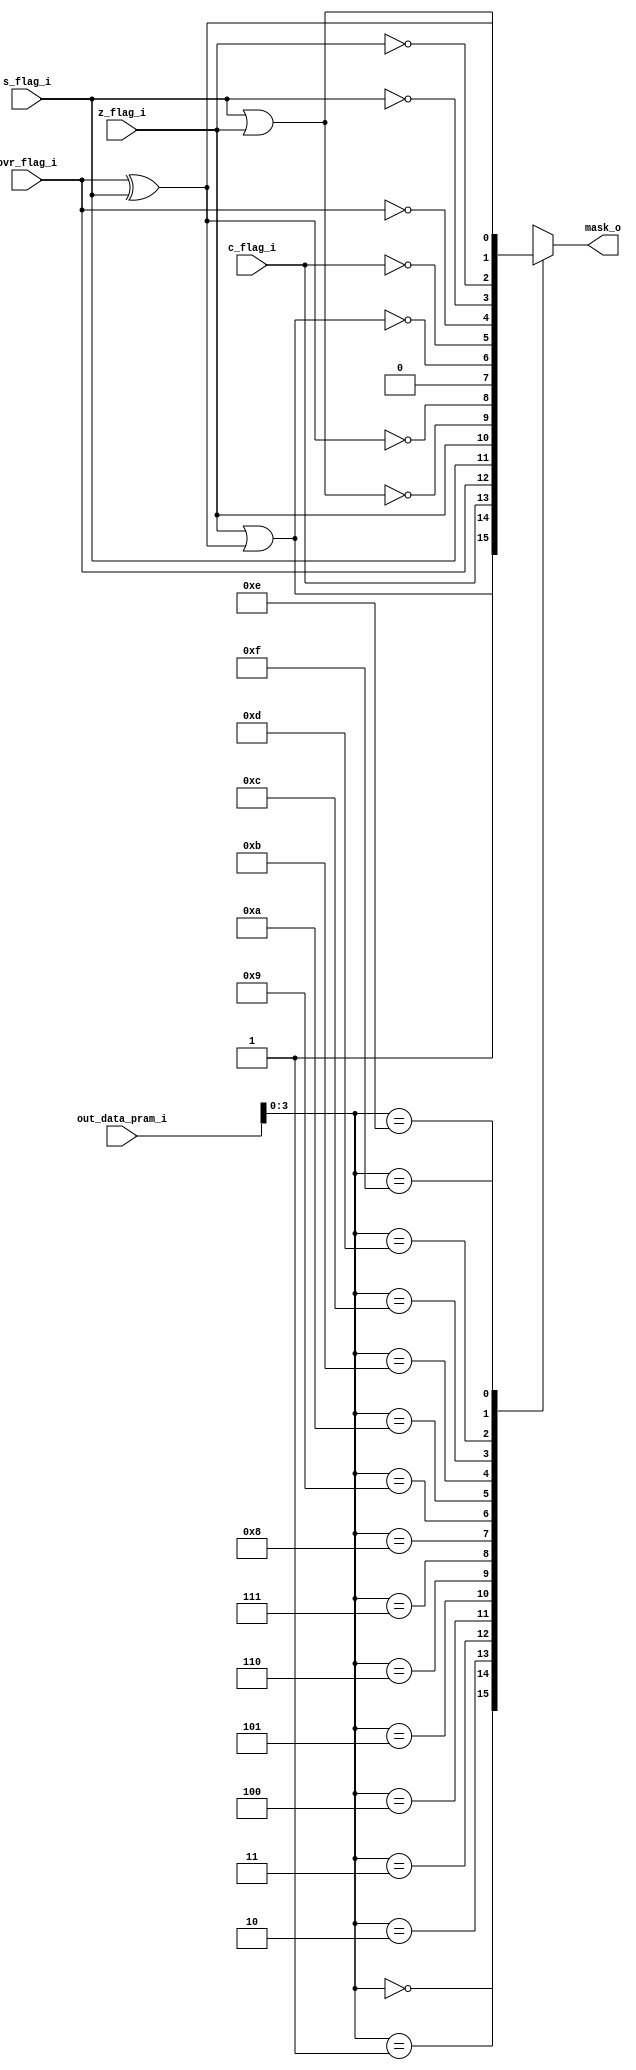
module mask_cndt #(
	parameter INSTR_WIDTH    	= 16,
	parameter JMPR_OPCODE	 	= 4
)(
	input wire [INSTR_WIDTH-1:0] out_data_pram_i,	//output data from the PRAM
	input wire 					 z_flag_i,			//zero flag 
	input wire 					 s_flag_i,			//sign flag
	input wire 					 c_flag_i,			//carry flag
	input wire 					 ovr_flag_i,		//overflow flag
	output wire 				 mask_o				//mask bit
);

//CONDITION MNEMONICS
localparam [3:0]
TRUE	= 4'b0000,
LE		= 4'b0001,
C		= 4'b0010,
OVR		= 4'b0011,
NEG		= 4'b0100,
Z		= 4'b0101,
POS		= 4'b0110,
GE		= 4'b0111,
FALSE	= 4'b1000,
GT		= 4'b1001,
NC		= 4'b1010,
NOVR	= 4'b1011,
NNEG	= 4'b1100,
NZ 		= 4'b1101,
NPOS	= 4'b1110,
LT		= 4'b1111;

reg [JMPR_OPCODE-1:0] jmpr_opcd;
reg mask_reg;

always @(*)
	begin
		jmpr_opcd = out_data_pram_i[3:0];
		case(jmpr_opcd)
									
				TRUE:
					begin
						mask_reg = 1'b1;
					end
										
				LE:
					begin
						mask_reg = z_flag_i | (ovr_flag_i ^ s_flag_i);
					end
									
				C:	
					begin
						mask_reg = c_flag_i;
					end
										
				OVR:
					begin
						mask_reg = ovr_flag_i;
					end
									
				NEG:
					begin
						mask_reg = s_flag_i;
					end
									
				Z: 
					begin
						mask_reg = z_flag_i;
					end
									
				POS:
					begin
						mask_reg = ~(s_flag_i | z_flag_i);
					end
									
				GE:
					begin
						mask_reg = ~(ovr_flag_i ^ s_flag_i);
					end
									
				FALSE:
					begin
						mask_reg = 1'b0;
					end
									
				GT:
					begin
						mask_reg = ~(z_flag_i|(ovr_flag_i^s_flag_i));
					end
									
				NC:
					begin
						mask_reg = ~c_flag_i;
					end
									
				NOVR:
					begin
						mask_reg = ~ovr_flag_i;
					end
										
				NNEG:
					begin
						mask_reg = ~s_flag_i;
					end
										
				NZ:
					begin
						mask_reg = ~z_flag_i;
					end
									
				NPOS:
					begin
						mask_reg = s_flag_i | z_flag_i;
					end
										
				LT:
					begin
						mask_reg = ovr_flag_i ^ s_flag_i;
					end
										
				default:
					begin
											
					end

		endcase
	end
	
	assign mask_o = mask_reg;
	
endmodule